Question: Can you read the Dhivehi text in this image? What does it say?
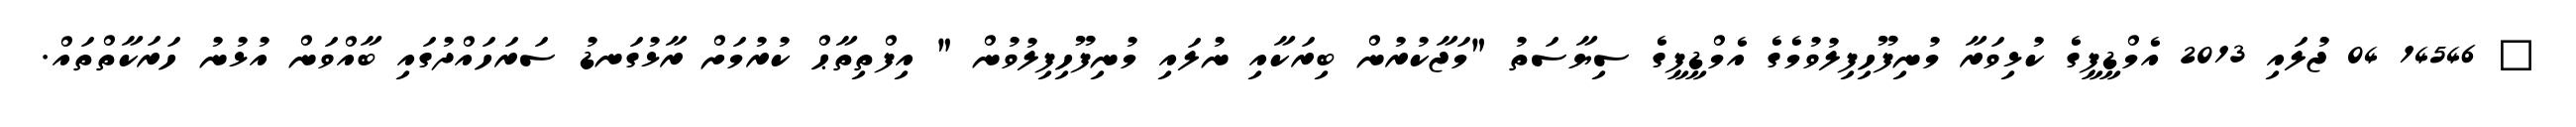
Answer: ? 14546 04 ޖުލައި 2013 އެމްޑީޕީގެ ކުޅިވަރާ މުނިފޫހިފިލުވުމެގެ އެމްޑީޕީގެ ސިޔާސަތު "މަޖާކުރުން ބިރަކާއި ނުލައި މުނިފޫހިފިލުވުން " އިފްތިތާޙް ކުރުމަށް ރާޅުގަނޑު ސަރަހައްދުގައި ބާއްވަން އުޅުނު ހަރަކާތްތައް.